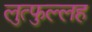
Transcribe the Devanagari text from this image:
लुत्फुल्लह